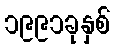
၁၉၉၁ခုနှစ်